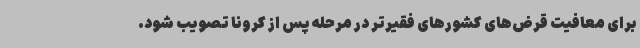
برای معافیت قرض‌های کشورهای فقیرتر در مرحله پس از کرونا تصویب شود.